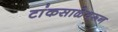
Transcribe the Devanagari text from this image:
टांकसाळेवरून